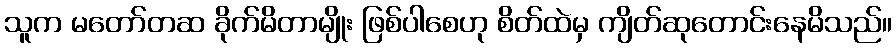
သူက မတော်တဆ ခိုက်မိတာမျိုး ဖြစ်ပါစေဟု စိတ်ထဲမှ ကျိတ်ဆုတောင်းနေမိသည်။